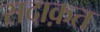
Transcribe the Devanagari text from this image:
सदाक़त